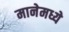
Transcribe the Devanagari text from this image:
मानेमध्ये